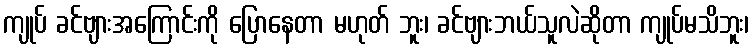
ကျုပ် ခင်ဗျားအကြောင်းကို ပြောနေတာ မဟုတ် ဘူး၊ ခင်ဗျားဘယ်သူလဲဆိုတာ ကျုပ်မသိဘူး၊